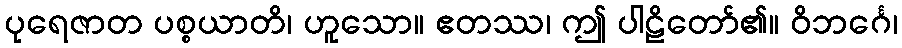
ပုရေဇာတ ပစ္စယာတိ၊ ဟူသော။ ဧတဿ၊ ဤ ပါဠိတော်၏။ ဝိဘင်္ဂေ၊